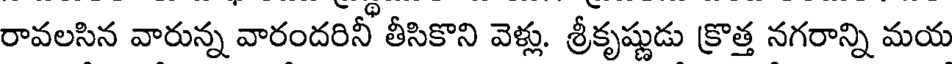
రావలసిన వారున్న వారందరినీ తీసికొని వెళ్లు. శ్రీకృష్ణుడు క్రొత్త నగరాన్ని మయ